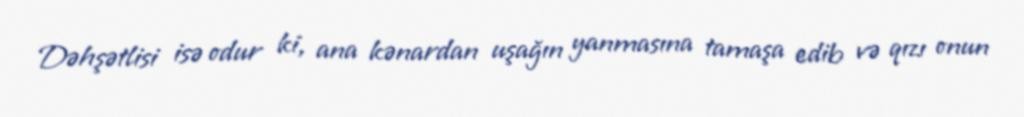
Dəhşətlisi isə odur ki, ana kənardan uşağın yanmasına tamaşa edib və qızı onun